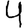
Digit: 4